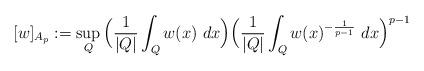
LaTeX: \begin{align*}[w]_{A_{p}}:=\sup_{Q}\Big(\frac1{|Q|}\int_{Q}w(x)\ dx\Big)\Big(\frac1{|Q|}\int_{Q}w(x)^{-\frac1{p-1}}\ dx\Big)^{p-1}\end{align*}